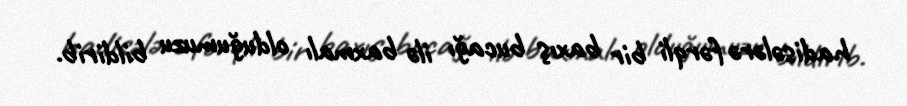
hadisələrə fərqli bir baxış bucağı ilə baxmalı olduğumuzu bildirib.